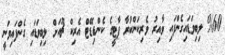
%60 ލިބިވަޑައިގެންފައި ވާއިރު ވެރިކަންކުރާ ޕާޓީގެ ކެންޑިޑޭޓް އެރިކް ޗޫއަށް ލިބިވަޑައި ގެންފައިވަނީ